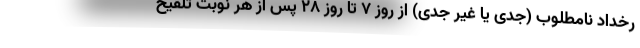
رخداد نامطلوب (جدی یا غیر جدی) از روز ۷ تا روز ۲۸ پس از هر نوبت تلقیح